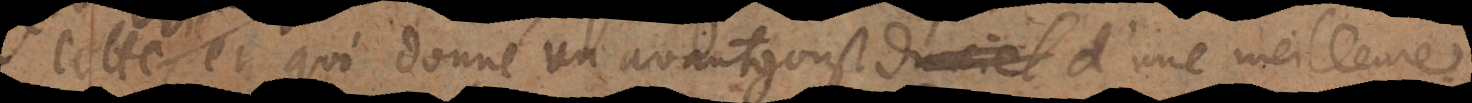
vie et qui donne un avantgoust du ciel d’une meilleure